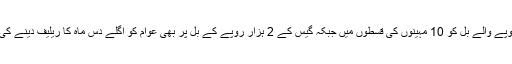
بجلی کے 5 ہزار روپے والے بل کو 10 مہینوں کی قسطوں میں جبکہ گیس کے 2 ہزار روپے کے بل پر بھی عوام کو اگلے دس ماہ کا ریلیف دینے کی ہدایت کی گئی ہے۔